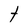
Character: t